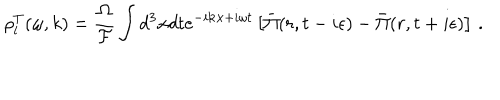
\rho _ { l } ^ { T } ( \omega , k ) = \frac { \Omega } { { \cal F } } \int d ^ { 3 } x d t e ^ { - i { \bf k } { \bf x } + i \omega t } \left[ \bar { \Pi } ( r , t - i \epsilon ) - \bar { \Pi } ( r , t + i \epsilon ) \right] \, .